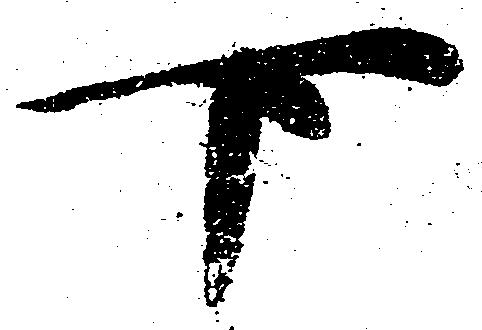
下